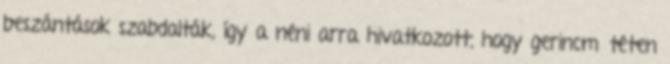
beszántások szabdalták, így a néni arra hivatkozott, hogy gerincműtéten